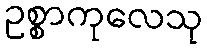
ဥစ္စာကုလေသု